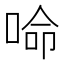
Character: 𠵴